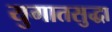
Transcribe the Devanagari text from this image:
युगातसुद्धा